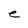
Character: e